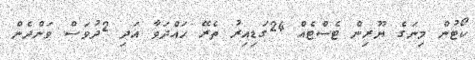
ކޯޓުން މިނަގެ ޔޫރިން ޓެސްޓެއް 24ގަޑިއިރު ތެރޭ ހައްދަވާ އަދި 2ދުވަސް ވަންދެން